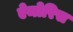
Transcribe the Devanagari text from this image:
ऐमोरिस